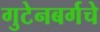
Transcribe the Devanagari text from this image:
गुटेनबर्गचे